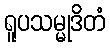
ရူပသမ္မုဒိတံ